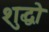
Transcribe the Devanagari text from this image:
शुद्धो